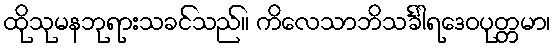
ထိုသုမနဘုရားသခင်သည်။ ကိလေသာဘိသင်္ခါရဒေဝပုတ္တမာ၊